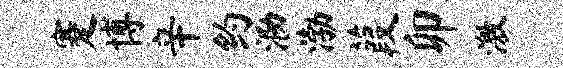
蹇博辛约泐渤葭卯激